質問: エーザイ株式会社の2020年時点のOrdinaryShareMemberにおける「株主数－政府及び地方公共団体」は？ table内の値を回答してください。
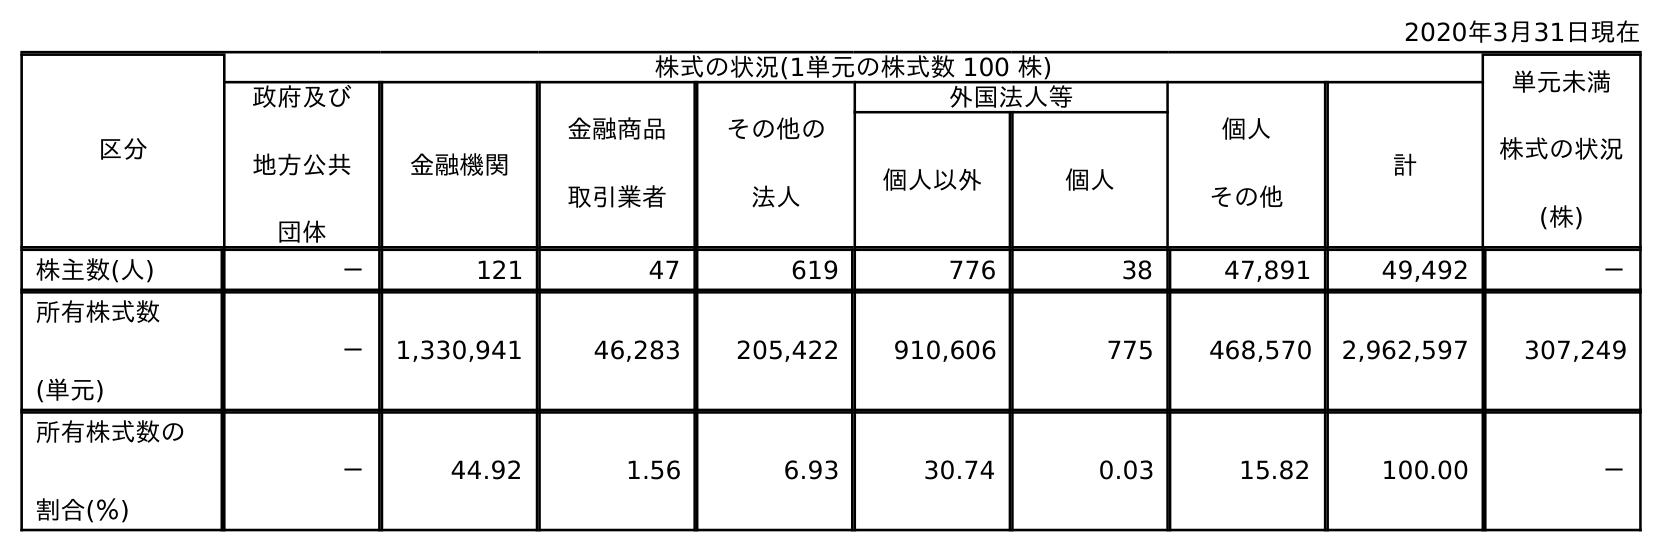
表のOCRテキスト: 2020年3月31日現在 区分 株式の状況(1単元の株式数 100 株) 単元未満 株式の状況 (株) 政府及び 地方公共 団体 金融機関 金融商品 取引業者 その他の 法人 外国法人等 個人 その他 計 個人以外 個人 株主数(人) － 121 47 619 776 38 47,891 49,492 － 所有株式数 (単元) － 1,330,941 46,283 205,422 910,606 775 468,570 2,962,597 307,249 所有株式数の 割合(％) － 44.92 1.56 6.93 30.74 0.03 15.82 100.00 －
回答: －